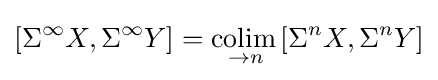
[\Sigma ^{\infty }X,\Sigma ^{\infty }Y]={\underset {\to n}{\operatorname {colim} {}}}[\Sigma ^{n}X,\Sigma ^{n}Y]